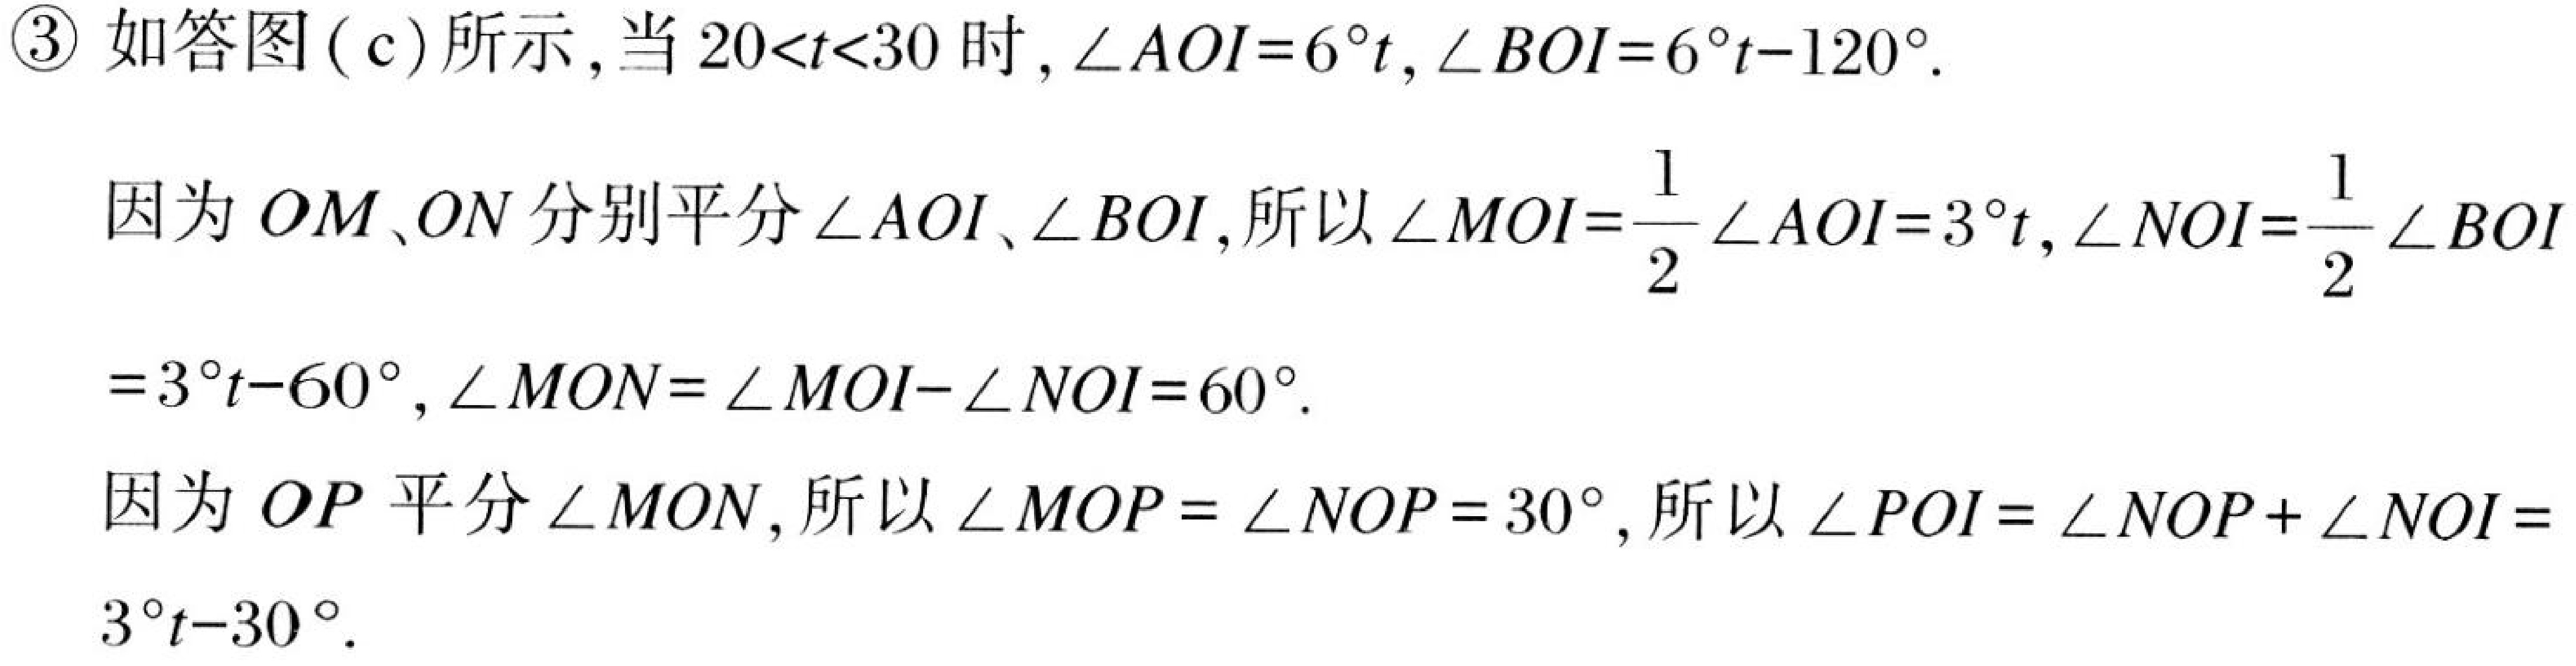
\textcircled{3} 如答图 (c) 所示,当 \(20<t<30\) 时,\(\angle AOI = 6^{\circ}t,\angle BOI = 6^{\circ}t - 120^{\circ}\).
因为 \(OM、ON\) 分别平分 \(\angle AOI、\angle BOI\),所以 \(\angle MOI=\frac{1}{2}\angle AOI = 3^{\circ}t,\angle NOI=\frac{1}{2}\angle BOI\)
\(=3^{\circ}t - 60^{\circ},\angle MON=\angle MOI-\angle NOI = 60^{\circ}\).
因为 \(OP\) 平分 \(\angle MON\),所以 \(\angle MOP=\angle NOP = 30^{\circ}\),所以 \(\angle POI=\angle NOP+\angle NOI =\)
\(3^{\circ}t - 30^{\circ}\).